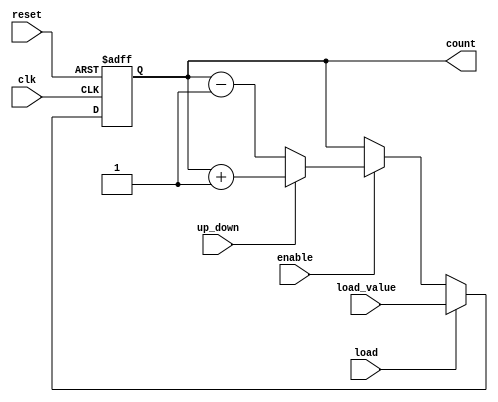
module chained_parallel_counter (
    input wire clk,            // Clock signal
    input wire reset,          // Asynchronous reset
    input wire enable,         // Enable signal
    input wire up_down,        // Count direction: 1 for up, 0 for down
    input wire [N-1:0] load_value, // Value to load into the counter
    input wire load,           // Load signal
    output reg [N-1:0] count   // Current count
);
    parameter N = 4; // Number of bits for the counter

    // Asynchronous reset and load functionality
    always @(posedge clk or posedge reset) begin
        if (reset) begin
            count <= 0; // Reset count to zero
        end else if (load) begin
            count <= load_value; // Load specified value
        end else if (enable) begin
            // Counting logic
            if (up_down) begin
                count <= count + 1; // Increment count
            end else begin
                count <= count - 1; // Decrement count
            end
        end
    end
endmodule